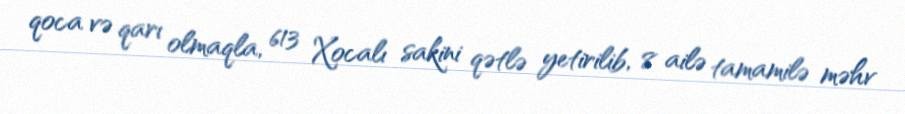
qoca və qarı olmaqla, 613 Xocalı sakini qətlə yetirilib, 8 ailə tamamilə məhv